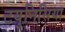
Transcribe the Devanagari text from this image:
टयुनिसिया